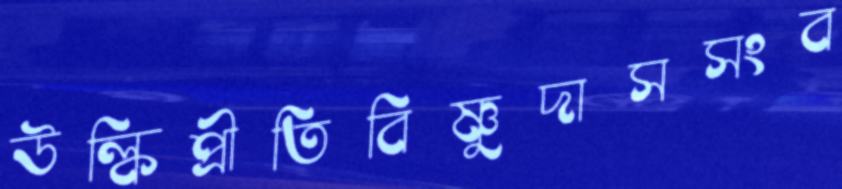
উল্কিপ্রীতিবিষ্ণুদাসসংব